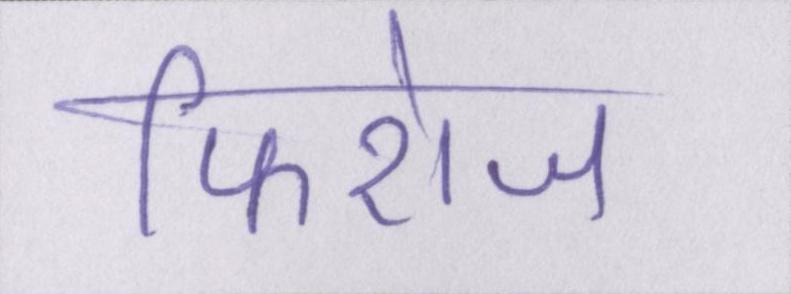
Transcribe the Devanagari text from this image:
फिरोज